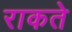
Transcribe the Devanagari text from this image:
राकते